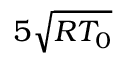
5 \sqrt { R { T _ { 0 } } }